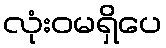
လုံးဝမရှိပေ